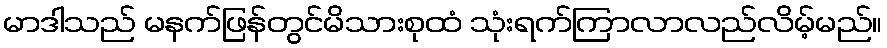
မာဒါသည် မနက်ဖြန်တွင်မိသားစုထံ သုံးရက်ကြာလာလည်လိမ့်မည်။